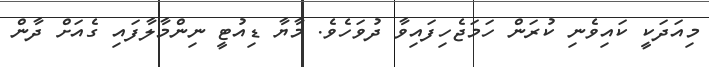
މިއަދަކީ ކައިވެނި ކުރަން ހަމަޖެހިފައިވާ ދުވަހެވެ. މާޔާ ޑިއުޓީ ނިންމާލާފައި ގެއަށް ދާން